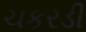
ચકરડી